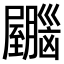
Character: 𫇂